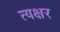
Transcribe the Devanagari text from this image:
त्यक्षर